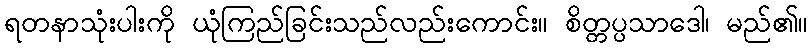
ရတနာသုံးပါးကို ယုံကြည်ခြင်းသည်လည်းကောင်း။ စိတ္တပ္ပသာဒေါ၊ မည်၏။